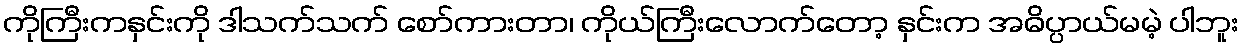
ကိုကြီးကနှင်းကို ဒါသက်သက် စော်ကားတာ၊ ကိုယ်ကြီးလောက်တော့ နှင်းက အဓိပ္ပာယ်မမဲ့ ပါဘူး